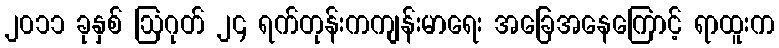
၂၀၁၁ ခုနှစ် ဩဂုတ် ၂၄ ရက်တုန်းကကျန်းမာရေး အခြေအနေကြောင့် ရာထူးက